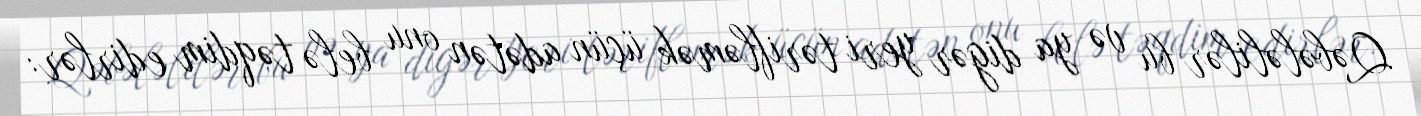
Qəbələlilər bu və ya digər yeri tərifləmək üçün adətən onu belə təqdim edirlər: